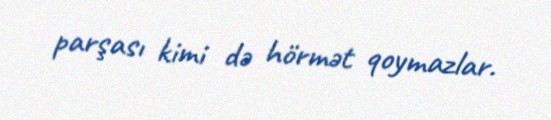
parşası kimi də hörmət qoymazlar.